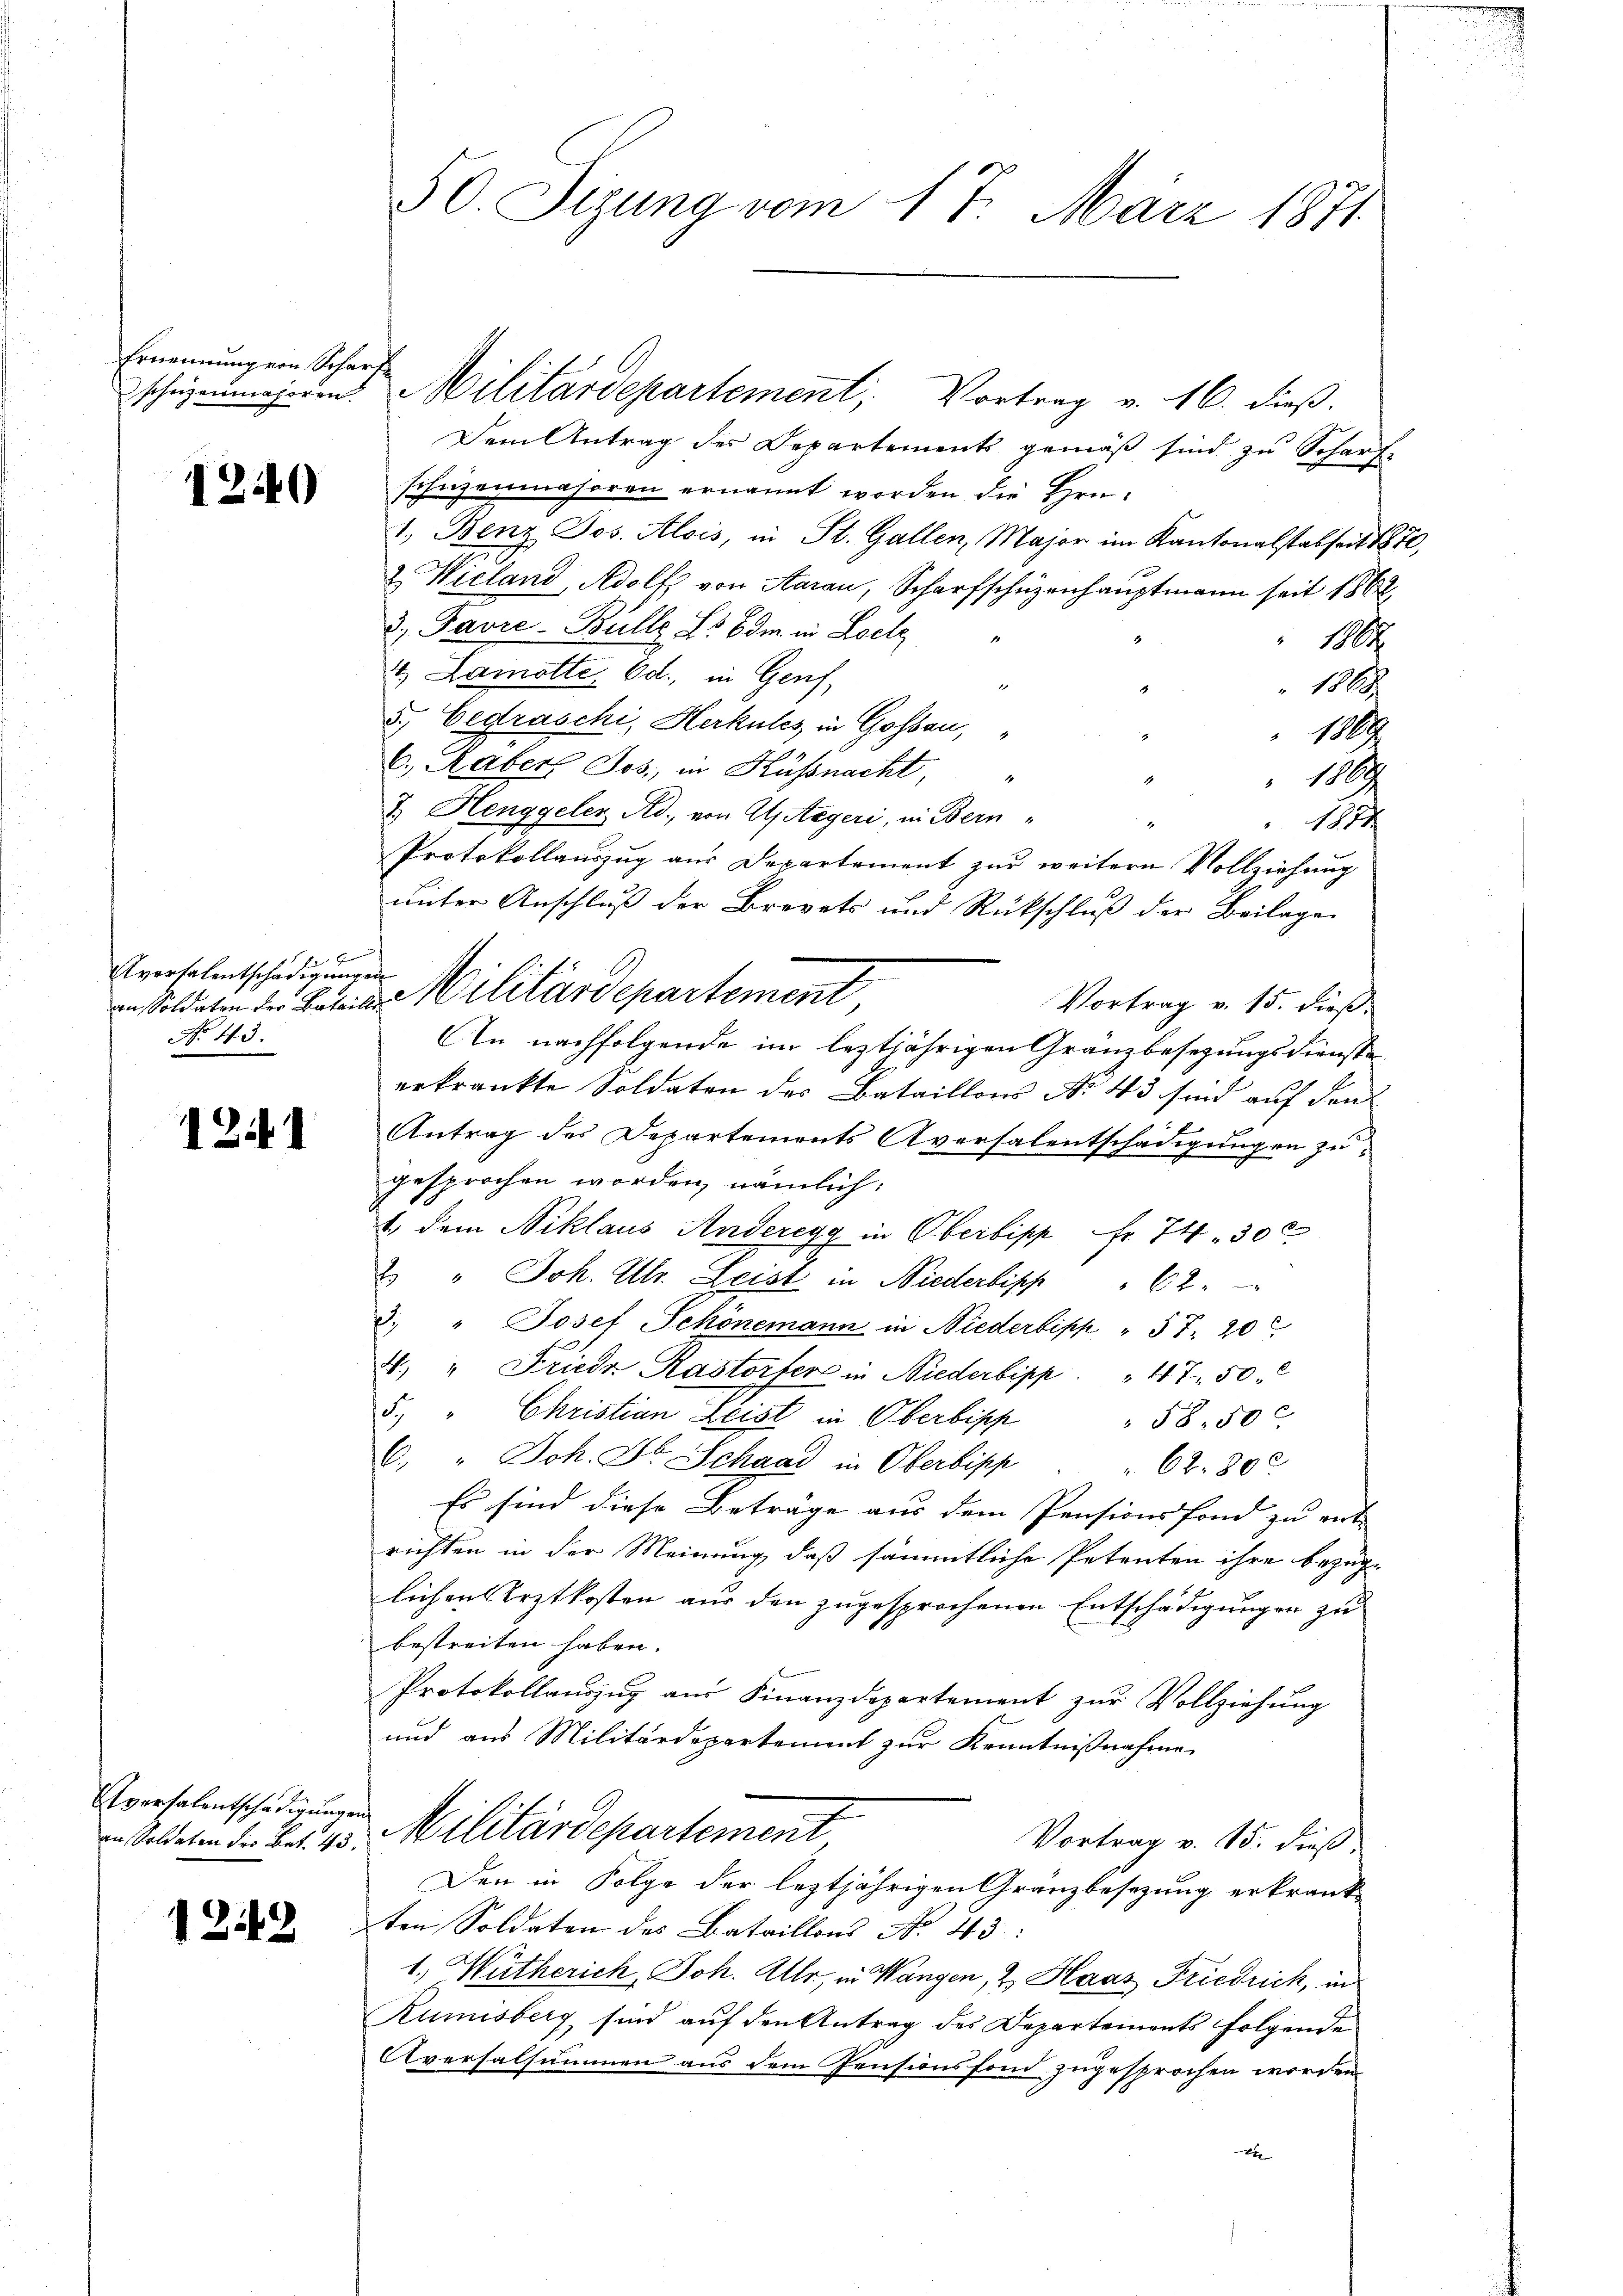
Ernennung von Scharfe

1249

4
Avorfalentschädigungen
No 43.

1241

Eversalentschädigungen

1248

50. Sizung vom 17. März 1871.

schieinheim Militärdepartement, Vortrag v. 16. dieß.
Dem Antrag der Departements gemäß sind zu Scharfe
schüzenmahoren ernannt worden die Hrn.
1. Benz Jos. Alois, in St. Gallen, Major im Kantonalstabseit 1872,
2. Wieland, Adolf von Aarau, Scharfschüzenhauptmann seit 1868
3) Favre-Bulle 25 Edm. in Loche
M.
4. Lamotte. Od., in Genf,
.
1818
4
5) Eedraschi, Herkules in Gossau,
108
6. Raber Jos., in Küssnacht,
100
.
Z Henggeler Red. von Astegeri, in Bern-
1884.
1
Protokollauszug aus Departement zur weitern Vollziehung
unter Anschluß der Brevets und Rückschluß der Beilage
Vortrag v. 15. dieß.
An nachfolgende im leztjährigen Gränzbesezungsdienste
erkränkte Soldaten des Bataillons No 43 sind auf den
Antrag des Departements Aversalentschädigungen zu
gesprochen worden, nämlich:
1., dem Niklaus Anderegg in Oberbipp Fr. 74. 30 x
2. " Joh. Ulr. Leist in Niederlisch " 62.
3. " Josef Schönemann in Niederbipp " 57. 20
4. " Friedr Kastorfer in Niederbipp. " 47. 50
5. " Christian Leist in Oberbipp
58.50 c
C. " Joh. Dr. Schaal in Oberbisch " " 62. 800
Es sind diese Beträge aus dem Pensions fond zu ent-
richten in der Meinung, daß sämmtliche Petenten ihre bezüg-
lichen Arztkosten aus den zugesprochenen Entschädigungen zu
bestreiten haben.
Protokollauszug aus Finanzdepartement zŭr Vollziehung
und aus Militärdepartement zur Kenntnißnahme
in Soldeten d. Bat. 13. Militärdepartement
Vortrag v. 15. dieß
Den in Folge der leztjährigen Granzbesezung erkrank
ten Soldaten des Bataillons No. 43
1.) Wütherich, Joh. Uhr, in Wangen, 2. Haas Friedrich, in
Rumisberg sind auf den Antrag des Departements folgende
Aversalsummen aus dem Pensionsfond zugesprochen worden
2

nsoldeten der Beteil Militärdepartement,